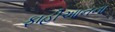
ફાહીઆનના